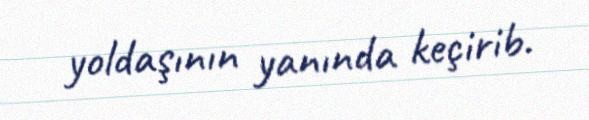
yoldaşının yanında keçirib.